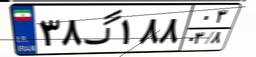
۳۸گ۱۸۸۰۳